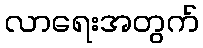
လာရေးအတွက်